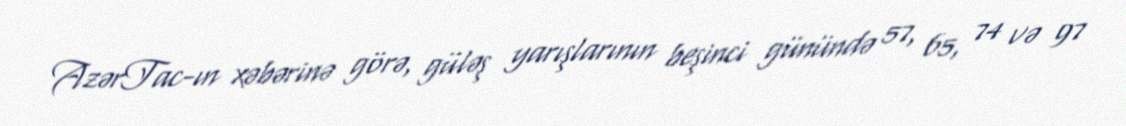
AzərTac-ın xəbərinə görə, güləş yarışlarının beşinci günündə 57, 65, 74 və 97